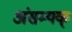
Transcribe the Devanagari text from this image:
अंसम्यक्